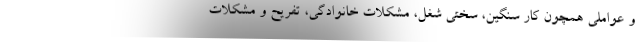
و عواملی همچون کار سنگین، سختی شغل، مشکلات خانوادگی، تفریح و مشکلات